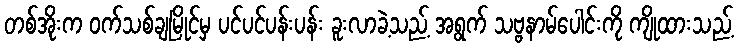
တစ်အိုးက ဝက်သစ်ချမြိုင်မှ ပင်ပင်ပန်းပန်း ခူးလာခဲ့သည့် အရွက် သဗ္ဗနာမ်ပေါင်းကို ကျိုထားသည့်